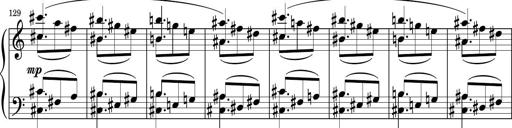
Title: Sonatina PandemÃ³nium
Composer: VÃ­ctor Carbajo
Key: C major